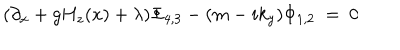
( \partial _ { x } + g H _ { z } ( x ) + \lambda ) \Phi _ { 4 , 3 } - ( m - i k _ { y } ) \Phi _ { 1 , 2 } ~ = ~ 0